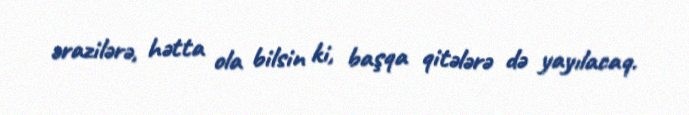
ərazilərə, hətta ola bilsin ki, başqa qitələrə də yayılacaq.